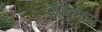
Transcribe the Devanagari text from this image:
ट्राइकॉस